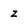
Character: z